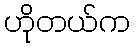
ဟိုတယ်က